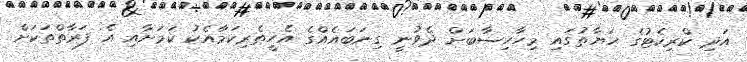
އަދި ކްރިކެޓުގެ ހަޔާތުގައި މިހާހިސާބަށް ދެވުނީ ގިނަބައެއްގެ އެހީތެރިކަމާއެކު ކަމަށާއި އެ ފަރާތްތަކަށް